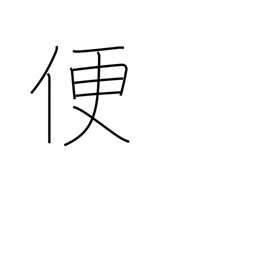
Meaning: convenience